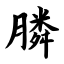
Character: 膦